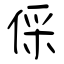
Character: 倸